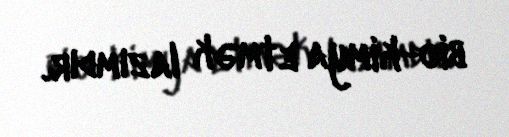
bio-kimya etmək lazımdır.